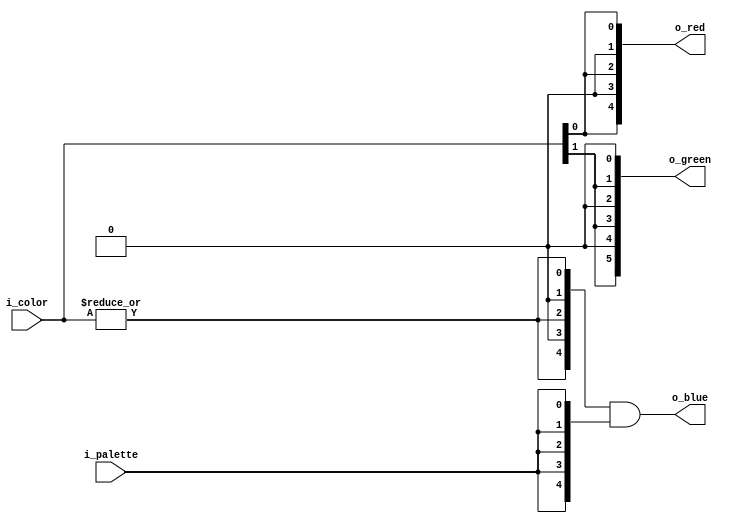
/*
CGA classic palettes:

Palette #0:
              RED  GREEN  BLUE
00: black
01: red        X
10: green            X
11: yellow     X     X

Palette #1:
              RED  GREEN  BLUE
00: black
01: magenta    X           X
10: cian             X     X
11: white      X     X     X
*/

module palette (
    input  [1:0] i_color,  // color index
    input  i_palette,      // palette number
    output [4:0] o_red,
    output [5:0] o_green,
    output [4:0] o_blue
);

localparam i = 1'b0; // intensify

wire r;
wire g;
wire b;

assign r = i_color[0];
assign g = i_color[1];
assign b = |i_color;

assign o_red   = {r,i,r,i,r};
assign o_green = {g,i,g,i,g,i};
assign o_blue  = {b,i,b,i,b} & {5{i_palette}};  // blue only on palette #1

endmodule